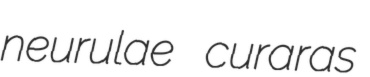
neurulae curaras